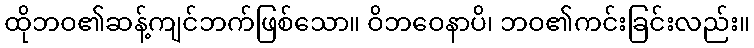
ထိုဘဝ၏ဆန့်ကျင်ဘက်ဖြစ်သော။ ဝိဘဝေနာပိ၊ ဘဝ၏ကင်းခြင်းလည်း။